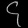
Digit: ၄